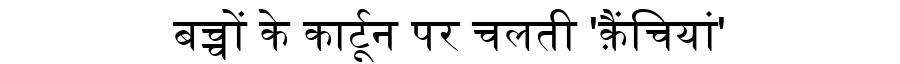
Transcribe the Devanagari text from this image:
बच्चों के कार्टून पर चलती 'क़ैंचियां'